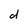
Character: d